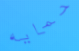
حمايه